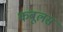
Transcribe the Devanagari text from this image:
कबूलस